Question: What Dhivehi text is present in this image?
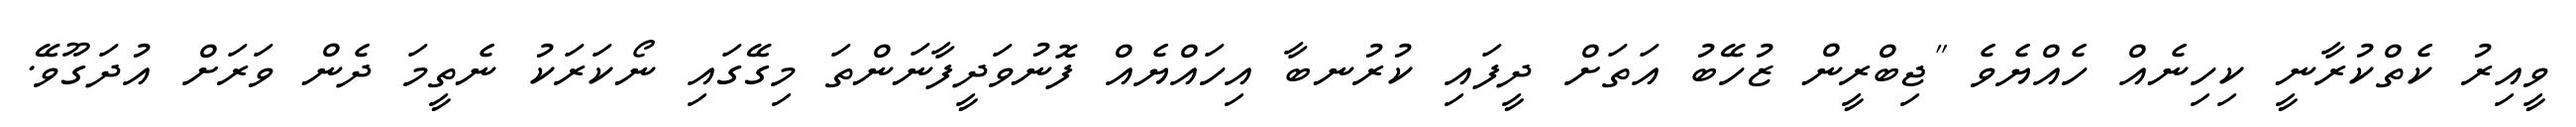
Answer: ވީއިރު ކެތްކުރާނީ ކިހިނެއް ހެއްޔެވެ "ޖިބްރީން ޒުހޭބު އަތަށް ދީފައި ކުރުނބާ އިހައްޔެއް ފޮނުވަދީފާނަންތަ މިގޭގައި ނޯކަރަކު ނެތީމަ ދެން ވަރަށް އުދަގޫވޭ.